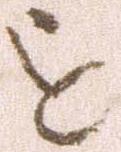
を